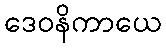
ဒေဝနိကာယေ